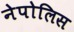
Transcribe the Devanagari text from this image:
नेपोलिस